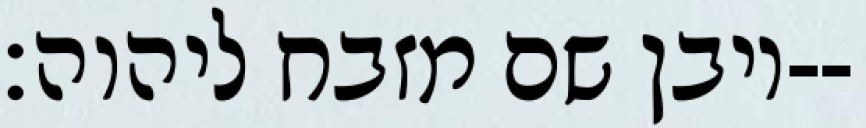
ויבן שם מזבח ליהוה׃--